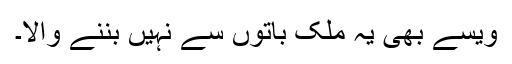
ویسے بھی یہ ملک باتوں سے نہیں بننے والا۔